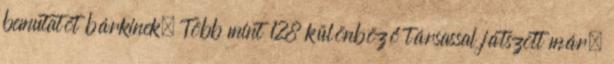
bemutatót bárkinek. Több mint 128 különböző társassal játszott már.